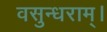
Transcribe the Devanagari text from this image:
वसुन्धराम्।